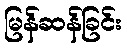
မြန်ဆန်ခြင်း